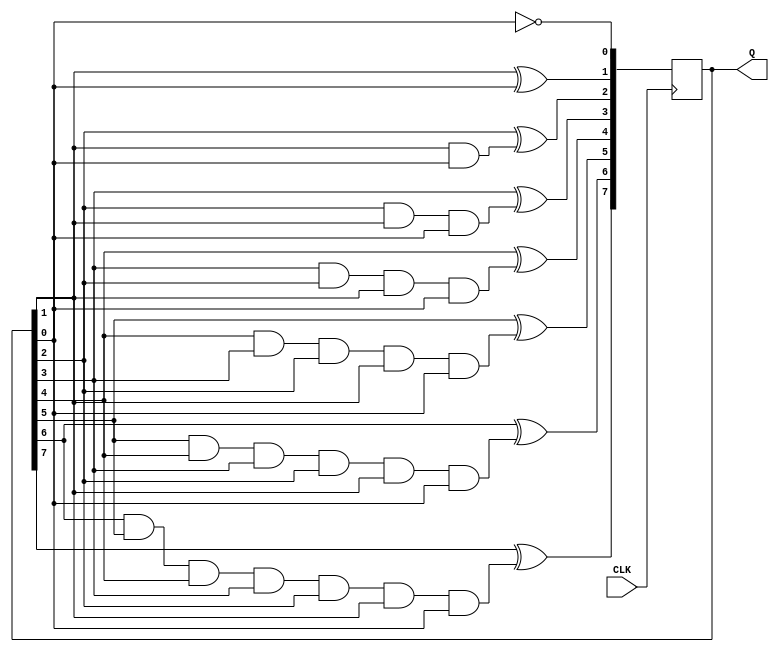
module upCounter(CLK, Q);
  input wire CLK;
  output reg [7:0] Q;
  reg [7:0] next_Q;
  always @ (posedge CLK)
    begin
      Q <= next_Q;
    end
  always @ (Q)
    begin
      next_Q[0] = ~Q[0];
      next_Q[1] = Q[1] ^ Q[0];
      next_Q[2] = Q[2] ^ (Q[1] & Q[0]);
      next_Q[3] = Q[3] ^ (Q[2] & Q[1] & Q[0]);
      next_Q[4] = Q[4] ^ (Q[3] & Q[2] & Q[1] & Q[0]);
      next_Q[5] = Q[5] ^ (Q[4] & Q[3] & Q[2] & Q[1] & Q[0]);
      next_Q[6] = Q[6] ^ (Q[5] & Q[4] & Q[3] & Q[2] & Q[1] & Q[0]);
      next_Q[7] = Q[7] ^ (Q[6] & Q[5] & Q[4] & Q[3] & Q[2] & Q[1] & Q[0]);
    end
endmodule